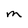
Character: m